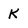
Character: K